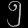
Digit: ၅